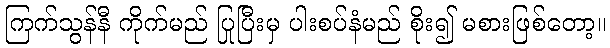
ကြက်သွန်နီ ကိုက်မည် ပြုပြီးမှ ပါးစပ်နံမည် စိုး၍ မစားဖြစ်တော့။